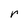
Character: r